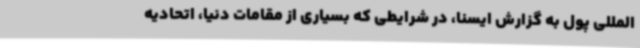
المللی پول به گزارش ایسنا، در شرایطی که بسیاری از مقامات دنیا، اتحادیه